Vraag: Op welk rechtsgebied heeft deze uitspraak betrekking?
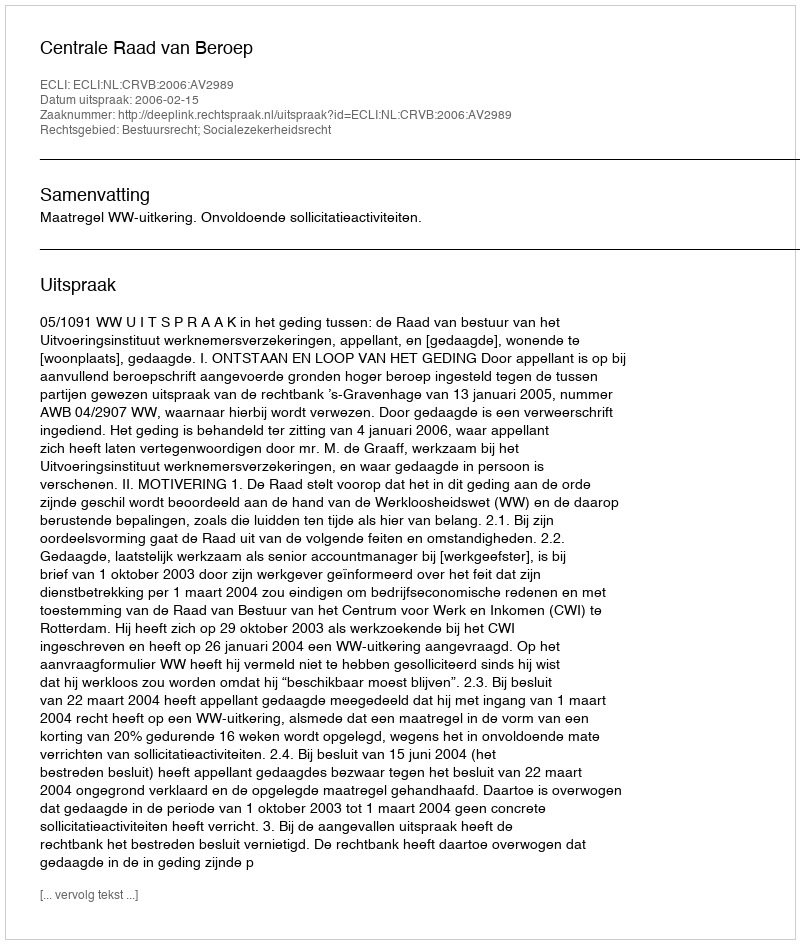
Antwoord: Bestuursrecht; Socialezekerheidsrecht